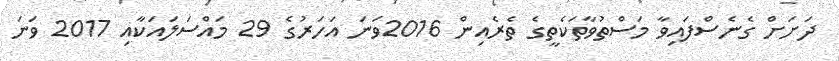
ދަށަށް ގެނެސްފައިވާ މަސްތުވާތަކެތީގެ ތެރެއިން 2016ވަނަ އަހަރުގެ 29 މައްސަލައަކާއި 2017 ވަނަ